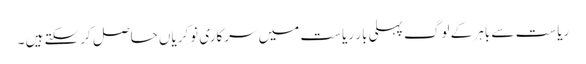
ریاست سے باہر کے لوگ پہلی بار ریاست میں سرکاری نوکریاں حاصل کرسکتے ہیں ۔